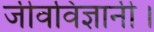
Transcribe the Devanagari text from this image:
जीवविज्ञानी।